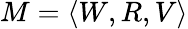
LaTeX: M=\langle W,R,V\rangle